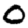
Digit: 0